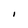
Character: I